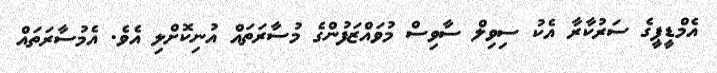
އެމްޑީޕީގެ ސަރުކާރާ އެކު ސިވިލް ސާވިސް މުވައްޒަފުންގެ މުސާރަތައް އުނިކޮށްލި އެވެ. އެމުސާރަތައް